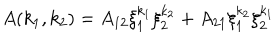
A ( k _ { 1 } , k _ { 2 } ) = A _ { 1 2 } \xi _ { 1 } ^ { k _ { 1 } } \xi _ { 2 } ^ { k _ { 2 } } + A _ { 2 1 } \xi _ { 1 } ^ { k _ { 2 } } \xi _ { 2 } ^ { k _ { 1 } }